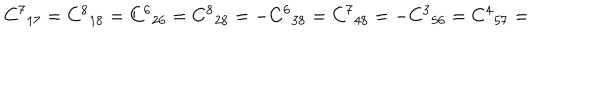
{ C ^ { 7 } } _ { 1 7 } = { C ^ { 8 } } _ { 1 8 } = { C ^ { 6 } } _ { 2 6 } = { C ^ { 8 } } _ { 2 8 } = - { C ^ { 6 } } _ { 3 8 } = { C ^ { 7 } } _ { 4 8 } = - { C ^ { 3 } } _ { 5 6 } = { C ^ { 4 } } _ { 5 7 } =